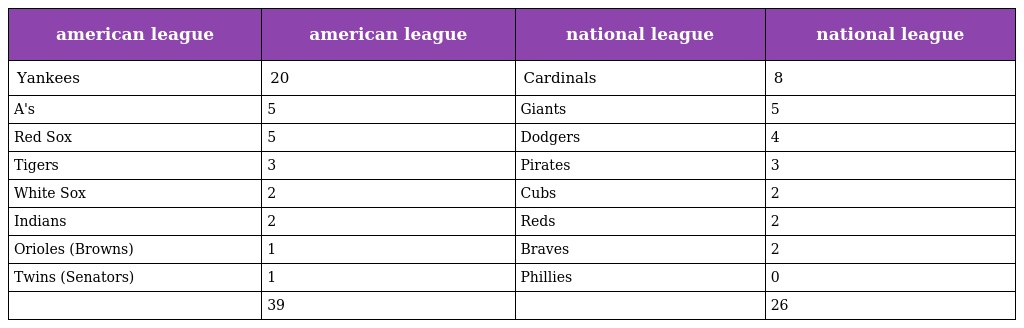
| american league | american league | national league | national league |
 | --- | --- | --- | --- |
 | Yankees | 20 | Cardinals | 8 |
 | A's | 5 | Giants | 5 |
 | Red Sox | 5 | Dodgers | 4 |
 | Tigers | 3 | Pirates | 3 |
 | White Sox | 2 | Cubs | 2 |
 | Indians | 2 | Reds | 2 |
 | Orioles (Browns) | 1 | Braves | 2 |
 | Twins (Senators) | 1 | Phillies | 0 |
 |  | 39 |  | 26 |